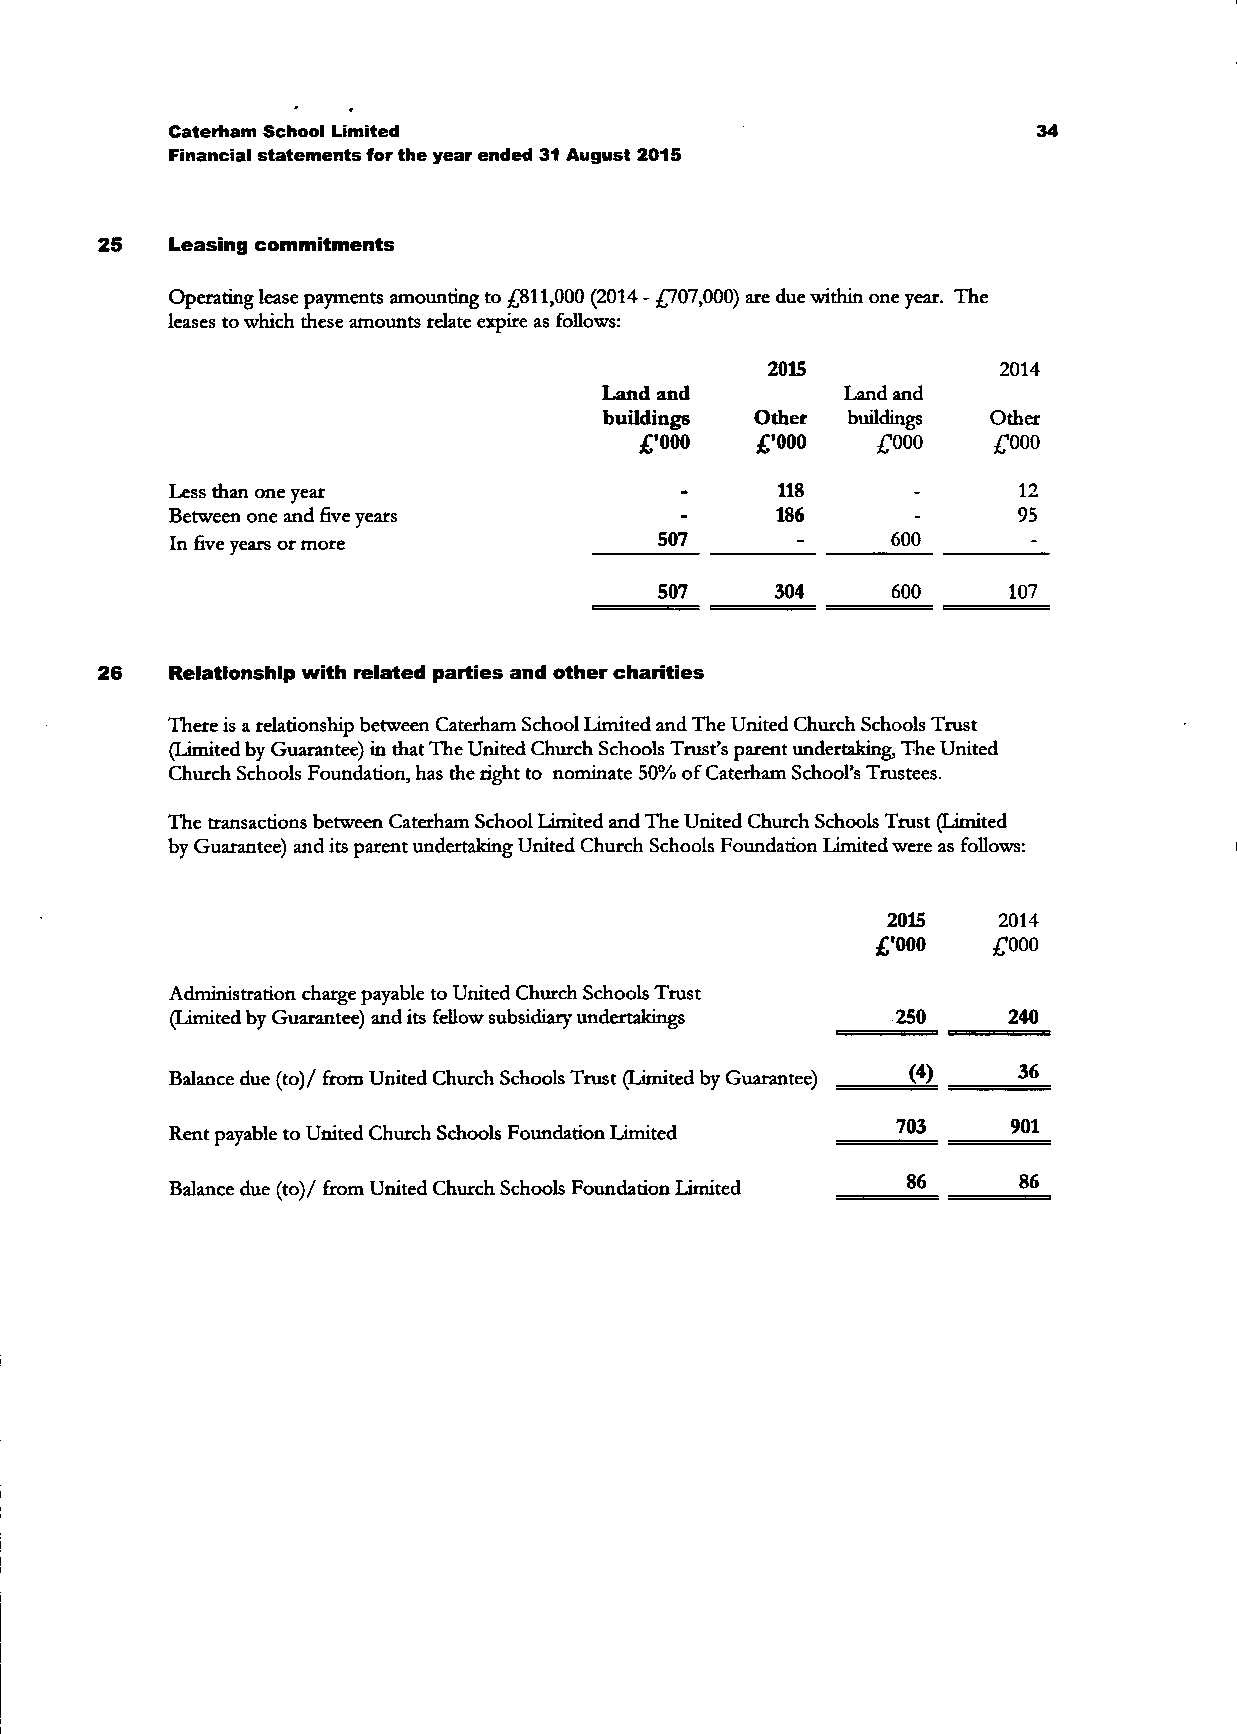
Caterham School Limited                                   34
 Financial statements for the year ended 31 August 2015
 25   Leasing commitments
 Operating lease payments amounting to £811,000 (2014 - £707,000) are due within one year. The
 leases to which these amounts relate expire as follows:
 2015           2014
 Land and        Land and
 buildings Other buildings Other
 £'000   £'000   £000    £000
 Less than one year                      118      _      12
 Between one and five years        -     186       -     95
 In five years or more            507      -     600      -
 507    304     600     107
 26   Relationship with related parties and other charities
 There is a relationship between Caterham School Limited and The United Church Schools Trust
 (Limited by Guarantee) in that The United Church Schools Trust's parent undertaking, The United
 Church Schools Foundation, has the right to nominate 50% of Caterham School's Trustees.
 The transactions between Caterham School Limited and The United Church Schools Trust (Limited
 by Guarantee) and its parent undertaking United Church Schools Foundation Limited were as follows:
 2015   2014
 £'000   £000
 Administration charge payable to United Church Schools Trust
 (Limited by Guarantee) and its fellow subsidiary undertakings 250 240
 36
 Balance due (to)/ from United Church Schools Trust (Limited by Guarantee)
 Rent payable to United Church Schools Foundation Limited 703 901
 Balance due (to)/ from United Church Schools Foundation Limited 86 86